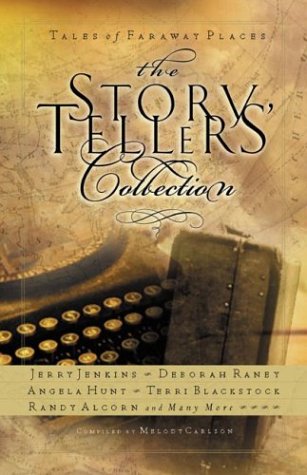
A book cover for The Storytellers' Collection: Tales of Faraway Places; Melody Carlson; Religion & Spirituality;